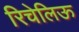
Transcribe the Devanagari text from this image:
रिचेलिऊ